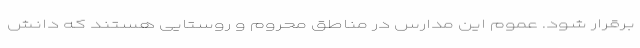
برقرار شود. عموم این مدارس در مناطق محروم و روستایی هستند که دانش